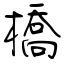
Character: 橋